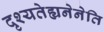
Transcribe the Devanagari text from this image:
दृश्यतेह्यनेनेति